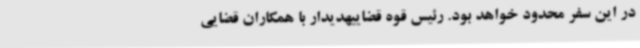
در این سفر محدود خواهد بود. رئیس قوه قضاییهدیدار با همکاران قضایی